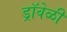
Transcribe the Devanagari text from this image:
ड्रॉवेळी